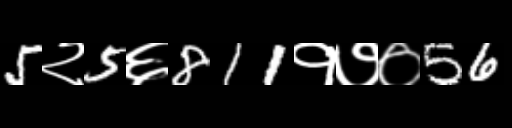
Text: 5२5६811१७०56